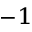
^ { - 1 }